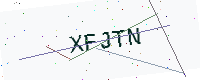
Text: XFJTN